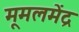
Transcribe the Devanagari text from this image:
मूमलमेंद्र